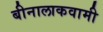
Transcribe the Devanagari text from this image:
बीनालाकवामी